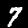
Digit: 7